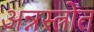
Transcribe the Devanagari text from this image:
अन्नस्त्रोत